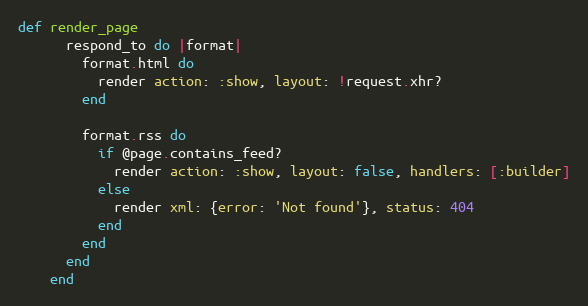
Language: Ruby
def render_page
      respond_to do |format|
        format.html do
          render action: :show, layout: !request.xhr?
        end

        format.rss do
          if @page.contains_feed?
            render action: :show, layout: false, handlers: [:builder]
          else
            render xml: {error: 'Not found'}, status: 404
          end
        end
      end
    end